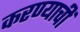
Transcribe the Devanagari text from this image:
करण्याचीं